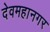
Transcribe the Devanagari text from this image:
देवमहानगर